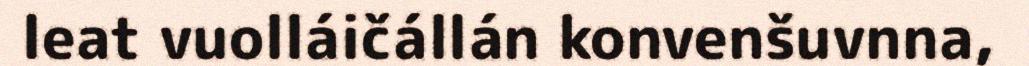
leat vuolláičállán konvenšuvnna,